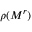
\rho ( M ^ { r } )